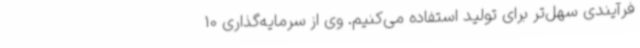
فرآیندی سهل‌تر برای تولید استفاده می‌کنیم. وی از سرمایه‌گذاری 10